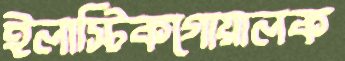
ইলাস্টিকগোয়ালক